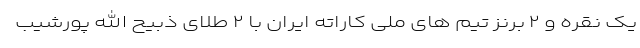
یک نقره و ۲ برنز تیم های ملی کاراته ایران با ۲ طلای ذبیح الله پورشیب